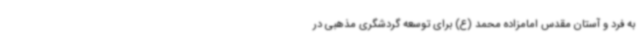
به فرد و آستان مقدس امامزاده محمد (ع) برای توسعه گردشگری مذهبی در